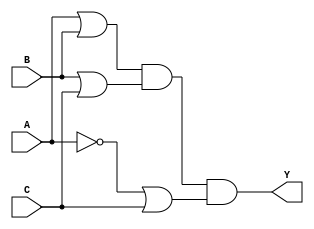
module pos_simplification(
    input wire A,
    input wire B,
    input wire C,
    output wire Y
);

// Simplified POS expression: Y = (A + B)(B + C)(A' + C)
wire A_not;   // NOT A
wire term1;   // (A + B)
wire term2;   // (B + C)
wire term3;   // (A' + C)

// Negate A
not U1(A_not, A);

// OR operations for each sum term
or U2(term1, A, B);       // term1 = A + B
or U3(term2, B, C);       // term2 = B + C
or U4(term3, A_not, C);   // term3 = A' + C

// AND operation for the final output Y
and U5(Y, term1, term2, term3); // Y = (A + B)(B + C)(A' + C)

endmodule